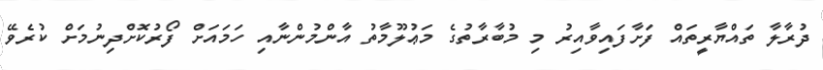
ދުރާލާ ތައްޔާރީތައް ފަށާފައިވާއިރު މި މުބާރާތުގެ މަޢުލޫމާތު އާންމުންނާއި ހަމައަށް ފޯރުކޮށްދިނުމަށް ކުރެވޭ